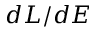
d L / d E